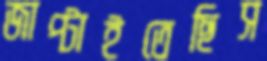
জাপ্‌টাইতেছিস